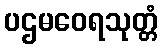
ပဌမဝေရသုတ္တံ